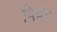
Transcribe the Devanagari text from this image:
मिमी।